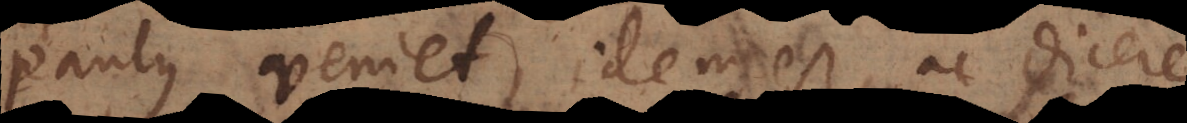
Paulus veniet, idem est, ac dicere,